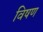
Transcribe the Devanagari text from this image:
विषण